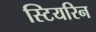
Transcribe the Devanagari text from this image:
स्टियरिन